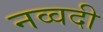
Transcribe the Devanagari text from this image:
नव्वदी